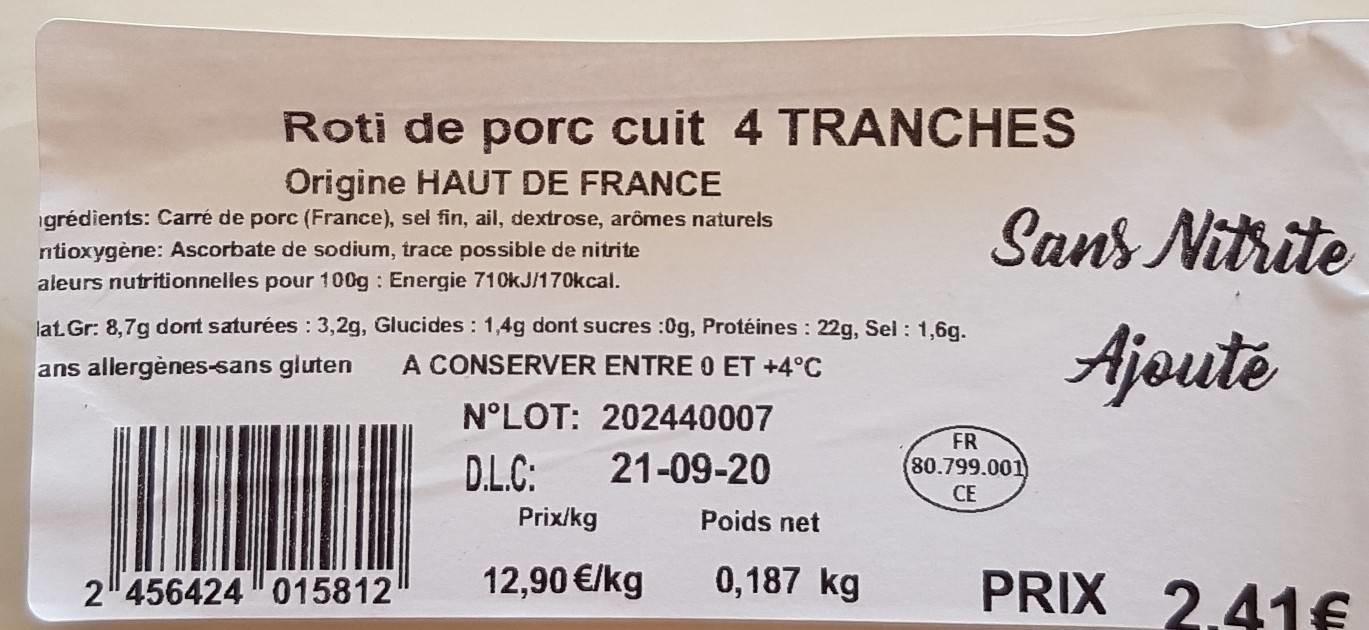
Roti de porc cuit 4 TRANCHES
Origine HAUT DE FRANCE
Sans Nitrite
igrédients: Carré de porc (France), sel fin, ail, dextrose, arômes naturels
ntioxygène: Ascorbate de sodium, trace possible de nitrite
aleurs nutritionnelles pour 100g : Energie 710KJ/170kcal.
lat Gr: 8,7g dont saturées : 3,2g, Glucides : 1,4g dont sucres :0g, Protéines : 22g, Sel : 1,6g.
Ajouté
ans allergènes-sans gluten
A CONSERVER ENTRE O ET +4°C
N°LOT: 202440007
FR 80.799.001 CE
D.L.C:
21-09-20
Prix/kg
Poids net
12,90 €/kg
0,187 kg
PRIX 2.41€
2 456424 "015812